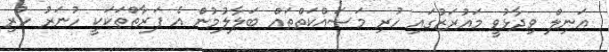
އަނިލް ވިދާޅުވީ މައުރަޒުގައި ހުރި މަސައްކަތްތައް ބަލާލުމުން އެ ފަރާތްތަކަކީ ހުނަރު ހުރި